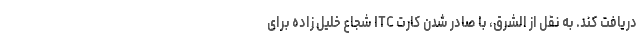
دریافت کند. به نقل از الشرق، با صادر شدن کارت ITC شجاع خلیل زاده برای